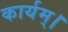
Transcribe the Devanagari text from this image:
कार्यम्।